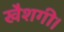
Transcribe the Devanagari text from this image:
खैशगी।